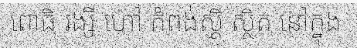
ពោធិ រង្សី ហៅ កំពង់ស្តី ស្ថិត នៅក្នុង